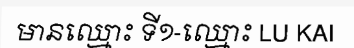
មានឈ្មោះ ទី១-ឈ្មោះ LU KAI